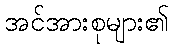
အင်အားစုများ၏